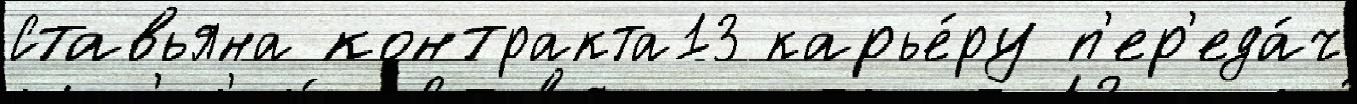
Ставьяна контракта13 карье́ру п'ер'еда́ч